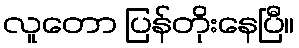
လူတော ပြန်တိုးနေပြီ။